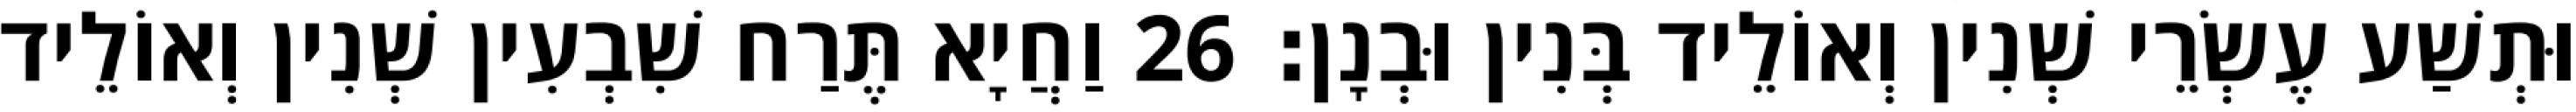
וּתְשַׁע עֶשְׂרֵי שְׁנִין וְאוֹלֵיד בְּנִין וּבְנָן׃ 26 וַחֲיָא תֶּרַח שִׁבְעִין שְׁנִין וְאוֹלֵיד